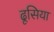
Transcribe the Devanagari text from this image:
ढूसिया